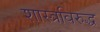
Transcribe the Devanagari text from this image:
शास्त्रविरुद्ध